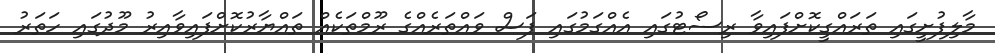
މާލިފުށީގައި ތަރައްގީކޮށްފައިވާ ރިސޯޓުގައި އެއްގަމުގައި ފަސް ވައްތަރެއްގެ ރޫމްތަކެއް ތައްޔާރުކޮށްފައިވާއިރު މޫދުގައި ހަތަރު